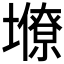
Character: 𡒭